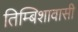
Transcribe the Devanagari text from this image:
तिम्बिशावासी